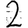
Digit: 2